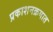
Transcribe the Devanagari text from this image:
प्रकाशनक्रमात